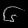
Digit: ၆